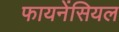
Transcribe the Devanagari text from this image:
फायनेंसियल